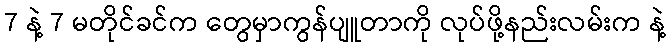
7 နဲ့ 7 မတိုင်ခင်က တွေမှာကွန်ပျူတာကို လုပ်ဖို့နည်းလမ်းက နဲ့